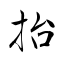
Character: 抬